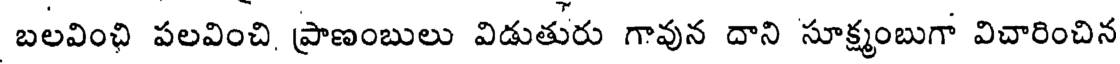
బలవింఛి పలవించి ప్రాణంబులు విడుతురు గావున దాని సూక్ష్మంబుగా విచారించిన